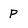
Character: P